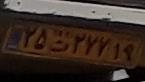
۲۵ت۲۷۷۱۹